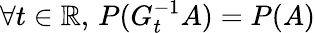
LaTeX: \forall t\in\mathbb{R},\, P(G_{t}^{-1}A)=P(A)